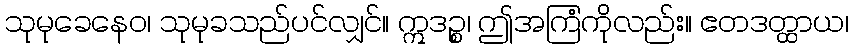
သုမုခေနေဝ၊ သုမုခသည်ပင်လျှင်။ ဣဒဉ္စ၊ ဤအကြံကိုလည်း။ ဧတဒတ္ထာယ၊